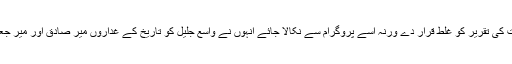
وہ الطاف کی 22 اگست کی تقریر کو غلط قرار دے ورنہ اسے پروگرام سے نکالا جائے انہوں نے واسع جلیل کو تاریخ کے غداروں میر صادق اور میر جعفر سے بھی تشبیح دی۔